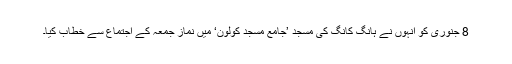
8 جنوری کو انہوں نے ہانگ کانگ کی مسجد ’جامع مسجد کولون‘ میں نمازِ جمعہ کے اجتماع سے خطاب کیا۔